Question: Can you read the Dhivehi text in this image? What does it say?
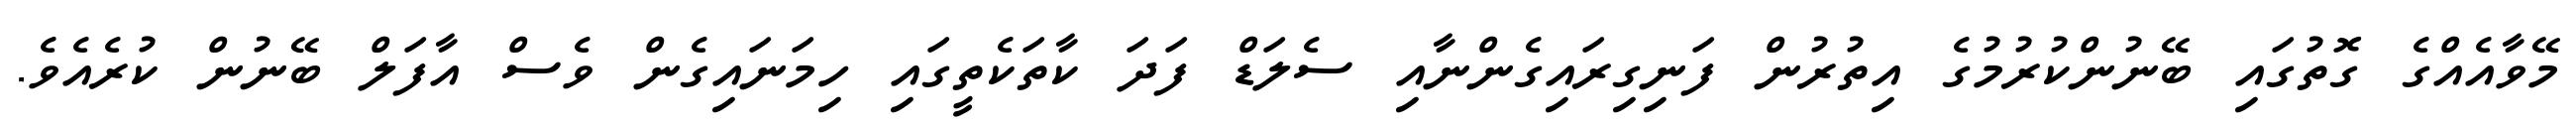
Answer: މޭވާއެއްގެ ގޮތުގައި ބޭނުންކުރުމުގެ އިތުރުން ފަނިގިރައިގެންނާއި ސެލަޑް ފަދަ ކާތަކެތީގައި ހިމަނައިގެން ވެސް އާފަލް ބޭނުން ކުރެއެވެ.